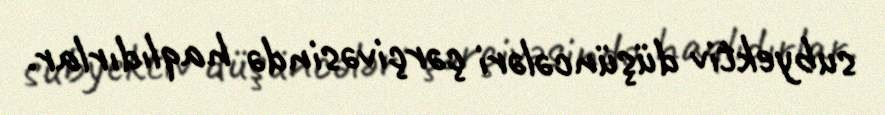
subyektiv düşüncələri çərçivəsində haqlıdırlar.